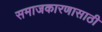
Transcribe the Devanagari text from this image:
समाजकारणासाठी